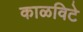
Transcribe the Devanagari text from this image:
काळविटे